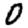
Digit: 0